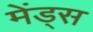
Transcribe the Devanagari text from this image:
मेंड्स